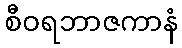
စီဝရဘာဇကာနံ